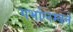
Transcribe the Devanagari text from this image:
गर्भालम्बनं